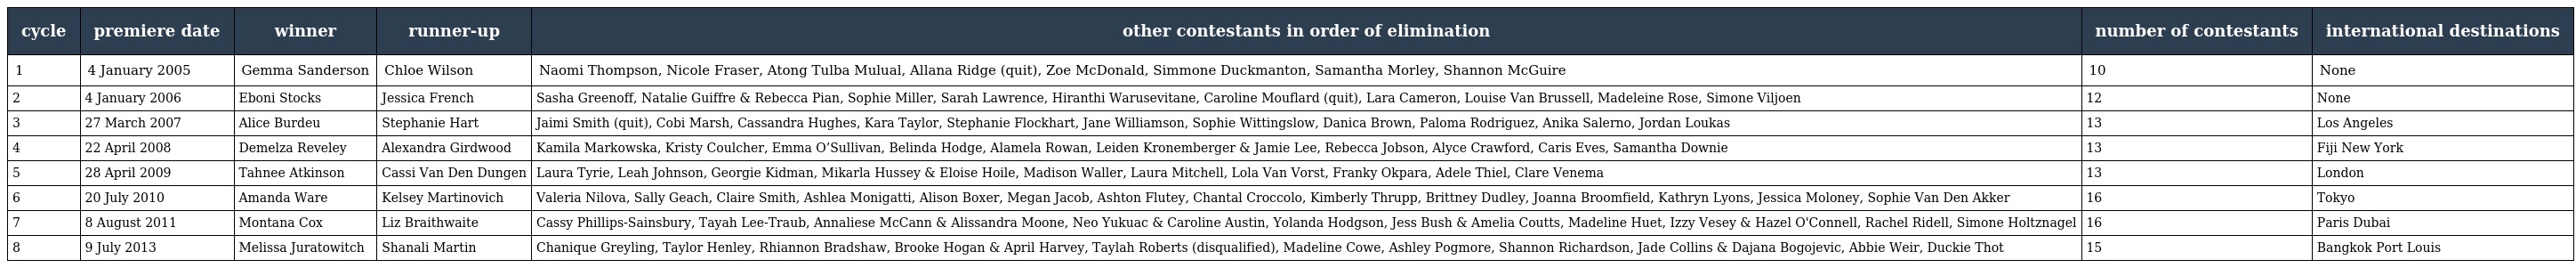
| cycle | premiere date | winner | runner-up | other contestants in order of elimination | number of contestants | international destinations |
 | --- | --- | --- | --- | --- | --- | --- |
 | 1 | 4 January 2005 | Gemma Sanderson | Chloe Wilson | Naomi Thompson, Nicole Fraser, Atong Tulba Mulual, Allana Ridge (quit), Zoe McDonald, Simmone Duckmanton, Samantha Morley, Shannon McGuire | 10 | None |
 | 2 | 4 January 2006 | Eboni Stocks | Jessica French | Sasha Greenoff, Natalie Guiffre & Rebecca Pian, Sophie Miller, Sarah Lawrence, Hiranthi Warusevitane, Caroline Mouflard (quit), Lara Cameron, Louise Van Brussell, Madeleine Rose, Simone Viljoen | 12 | None |
 | 3 | 27 March 2007 | Alice Burdeu | Stephanie Hart | Jaimi Smith (quit), Cobi Marsh, Cassandra Hughes, Kara Taylor, Stephanie Flockhart, Jane Williamson, Sophie Wittingslow, Danica Brown, Paloma Rodriguez, Anika Salerno, Jordan Loukas | 13 | Los Angeles |
 | 4 | 22 April 2008 | Demelza Reveley | Alexandra Girdwood | Kamila Markowska, Kristy Coulcher, Emma O’Sullivan, Belinda Hodge, Alamela Rowan, Leiden Kronemberger & Jamie Lee, Rebecca Jobson, Alyce Crawford, Caris Eves, Samantha Downie | 13 | Fiji New York |
 | 5 | 28 April 2009 | Tahnee Atkinson | Cassi Van Den Dungen | Laura Tyrie, Leah Johnson, Georgie Kidman, Mikarla Hussey & Eloise Hoile, Madison Waller, Laura Mitchell, Lola Van Vorst, Franky Okpara, Adele Thiel, Clare Venema | 13 | London |
 | 6 | 20 July 2010 | Amanda Ware | Kelsey Martinovich | Valeria Nilova, Sally Geach, Claire Smith, Ashlea Monigatti, Alison Boxer, Megan Jacob, Ashton Flutey, Chantal Croccolo, Kimberly Thrupp, Brittney Dudley, Joanna Broomfield, Kathryn Lyons, Jessica Moloney, Sophie Van Den Akker | 16 | Tokyo |
 | 7 | 8 August 2011 | Montana Cox | Liz Braithwaite | Cassy Phillips-Sainsbury, Tayah Lee-Traub, Annaliese McCann & Alissandra Moone, Neo Yukuac & Caroline Austin, Yolanda Hodgson, Jess Bush & Amelia Coutts, Madeline Huet, Izzy Vesey & Hazel O'Connell, Rachel Ridell, Simone Holtznagel | 16 | Paris Dubai |
 | 8 | 9 July 2013 | Melissa Juratowitch | Shanali Martin | Chanique Greyling, Taylor Henley, Rhiannon Bradshaw, Brooke Hogan & April Harvey, Taylah Roberts (disqualified), Madeline Cowe, Ashley Pogmore, Shannon Richardson, Jade Collins & Dajana Bogojevic, Abbie Weir, Duckie Thot | 15 | Bangkok Port Louis |